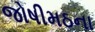
જોષીમઠના